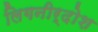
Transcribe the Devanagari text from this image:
लिगनीर्दोश